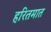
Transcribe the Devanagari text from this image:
हरितमात